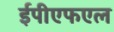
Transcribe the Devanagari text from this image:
ईपीएफएल